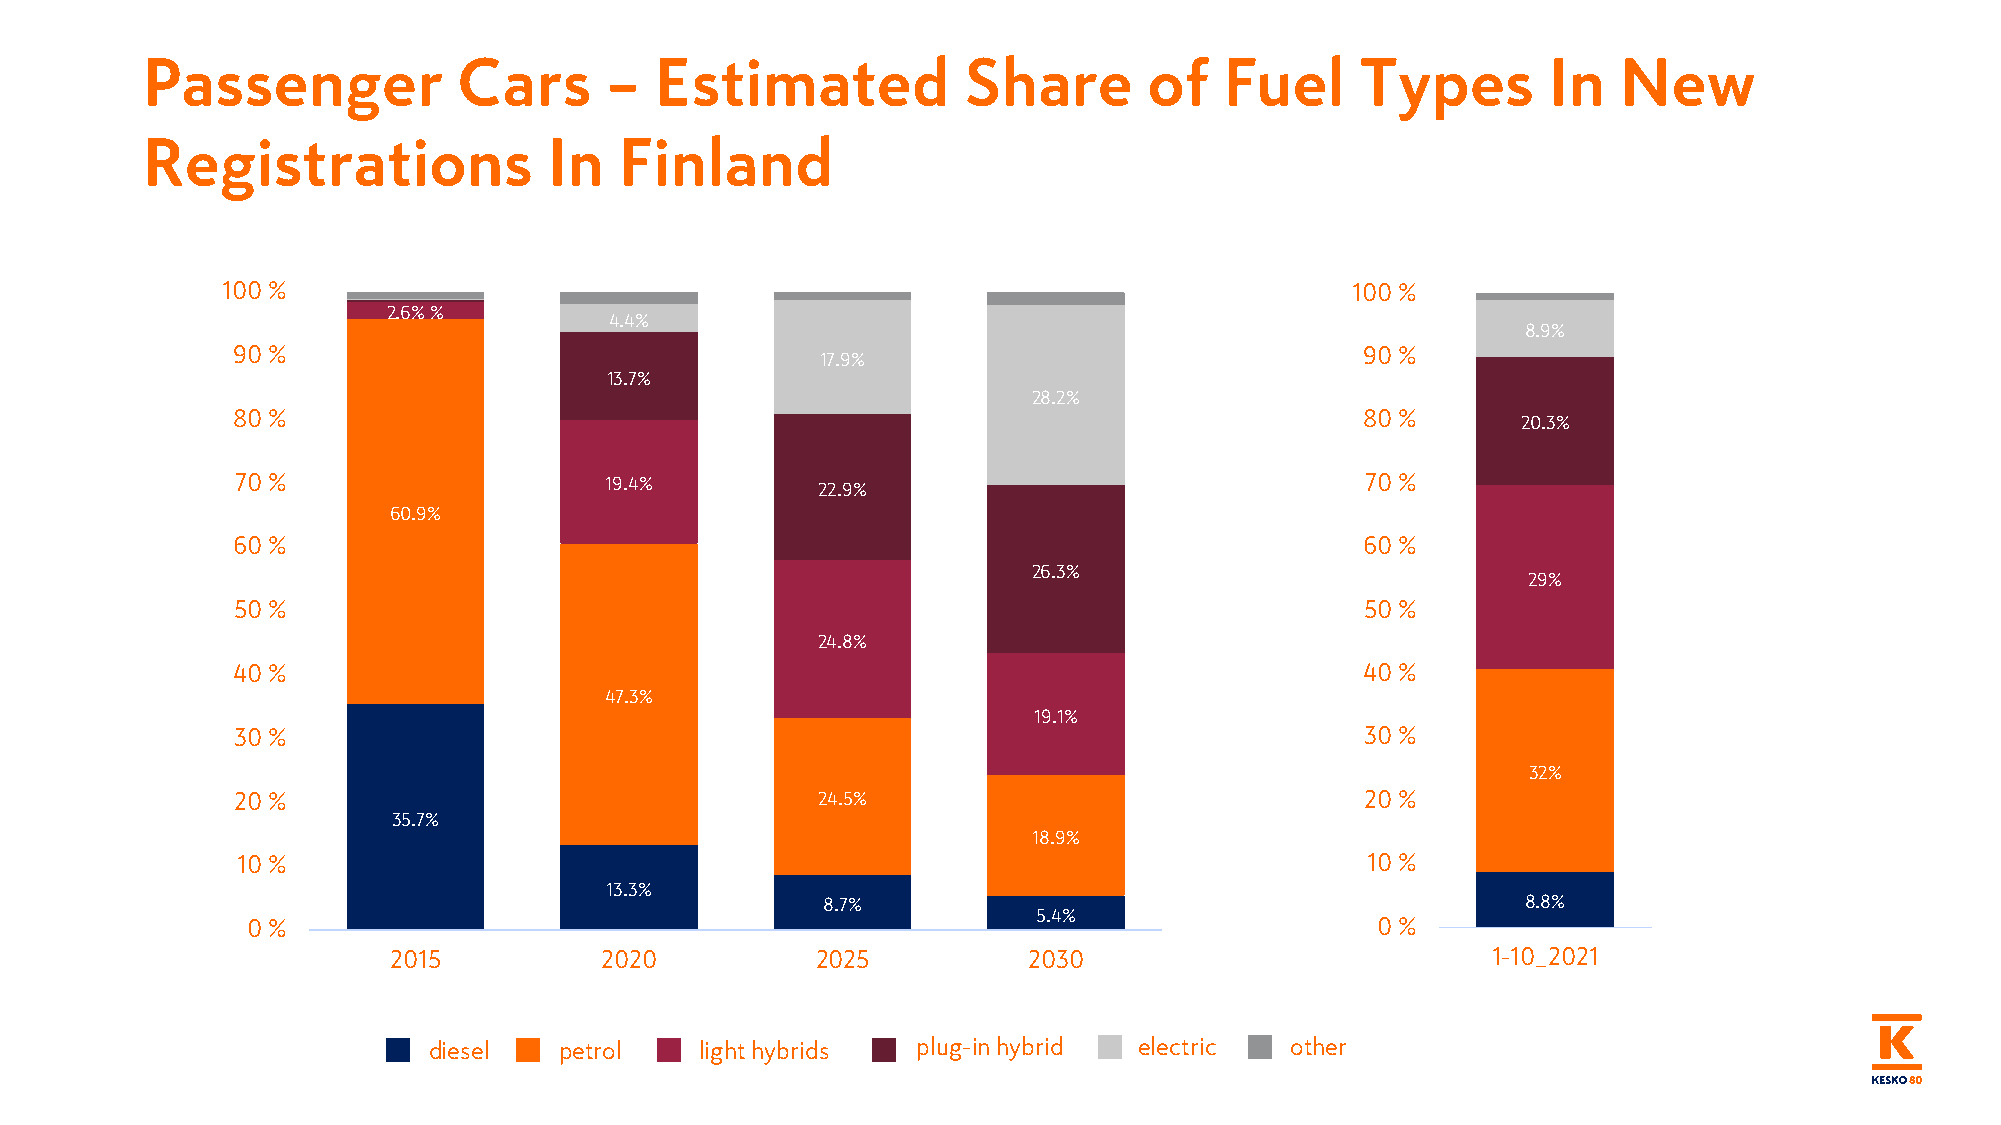
Passenger            Cars      –  Estimated            Share       of   Fuel     Types       In   New
 Registrations              In   Finland
 100 %                                                                     100 %
 2.6% %
 4.4%
 8.9%
 90 %                                                                       90 %
 17.9%
 13.7%
 28.2%
 80 %                                                                       80 %
 20.3%
 70 %                    19.4%         22.9%                               70 %
 60.9%
 60 %                                                                       60 %
 26.3%
 29%
 50 %                                                                       50 %
 24.8%
 40 %                                                                       40 %
 47.3%
 19.1%
 30 %                                                                      30 %
 32%
 20 %                                  24.5%                               20 %
 35.7%
 18.9%
 10 %                                                                      10 %
 13.3%
 8.7%                                           8.8%
 5.4%
 0 %                                                                        0 %
 2015          2020          2025          2030                           1-10_2021
 diesel   petrol   light hybrids  plug-in hybrid electric other